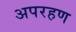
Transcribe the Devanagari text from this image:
अपरहण